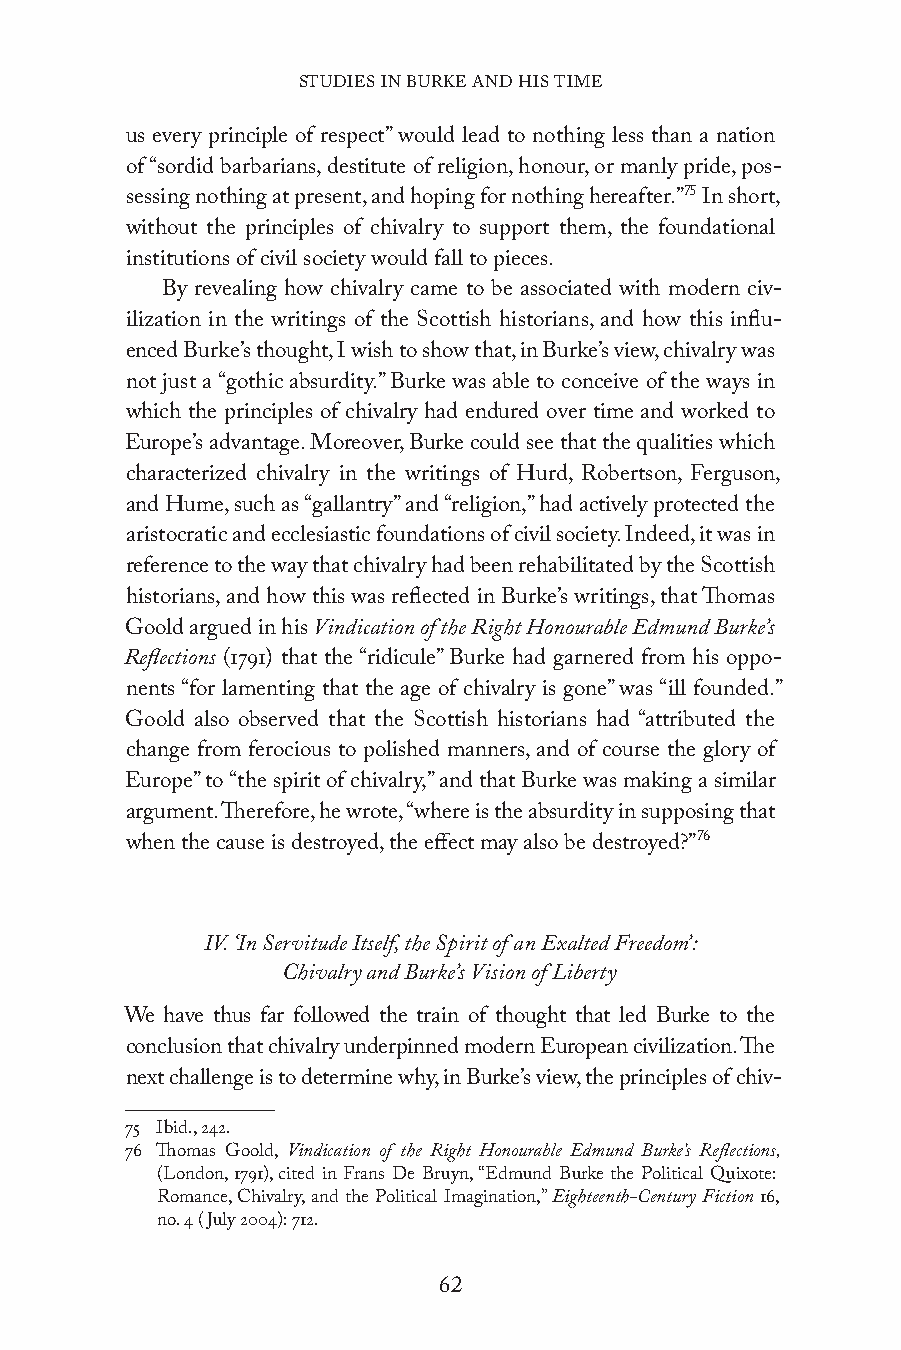
STUDIES IN BURKE AND HIS TIME
 us every principle of respect” would lead to nothing less than a nation
 of “sordid barbarians, destitute of religion, honour, or manly pride, pos-
 sessing nothing at present, and hoping for nothing hereafter.”75 In short,
 without the principles of chivalry to support them, the foundational
 institutions of civil society would fall to pieces.
 By revealing how chivalry came to be associated with modern civ-
 ilization in the writings of the Scottish historians, and how this influ-
 enced Burke’s thought, I wish to show that, in Burke’s view, chivalry was
 not just a “gothic absurdity.” Burke was able to conceive of the ways in
 which the principles of chivalry had endured over time and worked to
 Europe’s advantage. Moreover, Burke could see that the qualities which
 characterized chivalry in the writings of Hurd, Robertson, Ferguson,
 and Hume, such as “gallantry” and “religion,” had actively protected the
 aristocratic and ecclesiastic foundations of civil society. Indeed, it was in
 reference to the way that chivalry had been rehabilitated by the Scottish
 historians, and how this was reflected in Burke’s writings, that Thomas
 Goold argued in his Vindication of the Right Honourable Edmund Burke’s
 Reflections (1791) that the “ridicule” Burke had garnered from his oppo-
 nents “for lamenting that the age of chivalry is gone” was “ill founded.”
 Goold also observed that the Scottish historians had “attributed the
 change from ferocious to polished manners, and of course the glory of
 Europe” to “the spirit of chivalry,” and that Burke was making a similar
 argument. Therefore, he wrote, “where is the absurdity in supposing that
 when the cause is destroyed, the effect may also be destroyed?”76
 IV. ‘In Servitude Itself, the Spirit of an Exalted Freedom’:
 Chivalry and Burke’s Vision of Liberty
 We have thus far followed the train of thought that led Burke to the
 conclusion that chivalry underpinned modern European civilization. The
 next challenge is to determine why, in Burke’s view, the principles of chiv-
 75 Ibid., 242.
 76 Thomas Goold, Vindication of the Right Honourable Edmund Burke’s Reflections,
 (London, 1791), cited in Frans De Bruyn, “Edmund Burke the Political Quixote:
 Romance, Chivalry, and the Political Imagination,” Eighteenth-Century Fiction 16,
 no. 4 (July 2004): 712.
 62